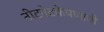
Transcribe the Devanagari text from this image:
नीटनेटकेपणाची